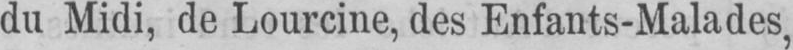
du Midi, de Lourcine, des Enfants-Malades,